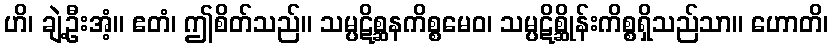
ဟိ၊ ချဲ့ဦးအံ့။ ဧတံ၊ ဤစိတ်သည်။ သမ္ပဋိစ္ဆနကိစ္စမေဝ၊ သမ္ပဋိစ္ဆိုန်းကိစ္စရှိသည်သာ။ ဟောတိ၊